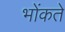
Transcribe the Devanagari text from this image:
भोंकते